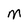
Character: m